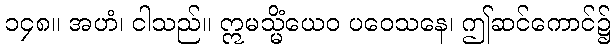
၁၄၈။ အဟံ၊ ငါသည်။ ဣမသ္မိံယေဝ ပဝေသနေ၊ ဤဆင်ကောင်၌